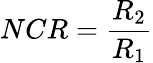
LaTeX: NCR=\frac{R_{2}}{R_{1}}